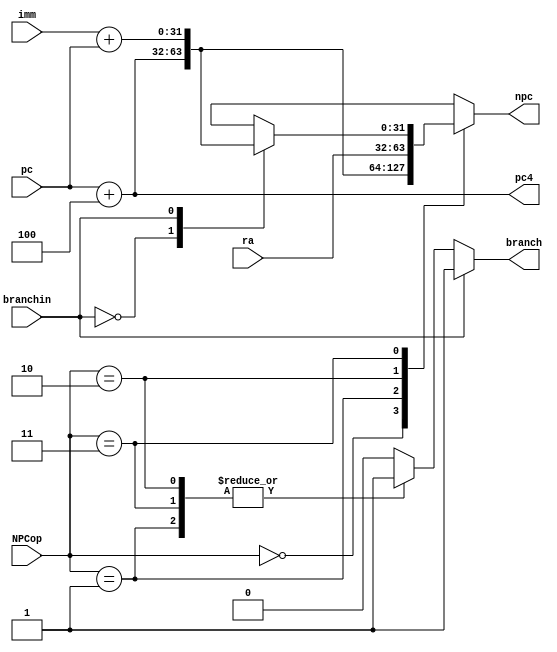
module NPC (
    input wire [31:0]pc,
    input wire [31:0]imm,
    input wire [31:0]ra,
    input wire [2:1]NPCop,
    input wire branchin,
    output reg [31:0]pc4,
    output reg [31:0]npc,
    output reg branch
);
    always @(*) begin
        pc4=pc+4;
        case(NPCop[2:1])
            2'b00:  npc=pc+4;
            2'b01:  npc=imm+pc;
            2'b10:  npc=ra;
            2'b11:begin
                case(branchin)
                    1'b0:   npc=pc+4;
                    1'b1:   npc=pc+imm;
                endcase
            end
        endcase
    end

    always @(*) begin
        if (branchin) begin
            branch=1;
        end else begin
            case (NPCop[2:1])
                2'b10,2'b11,2'b01: branch=1;
                default: branch=0;
            endcase
        end
    end
endmodule